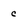
Character: c